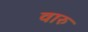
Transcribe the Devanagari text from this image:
वारु